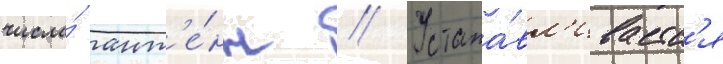
числа́ ант'е́нн // Устана́вл'иваетс'я